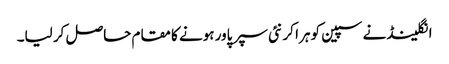
انگلینڈ نے سپین کو ہرا کر نئی سپر پاور ہونے کا مقام حاصل کر لیا۔